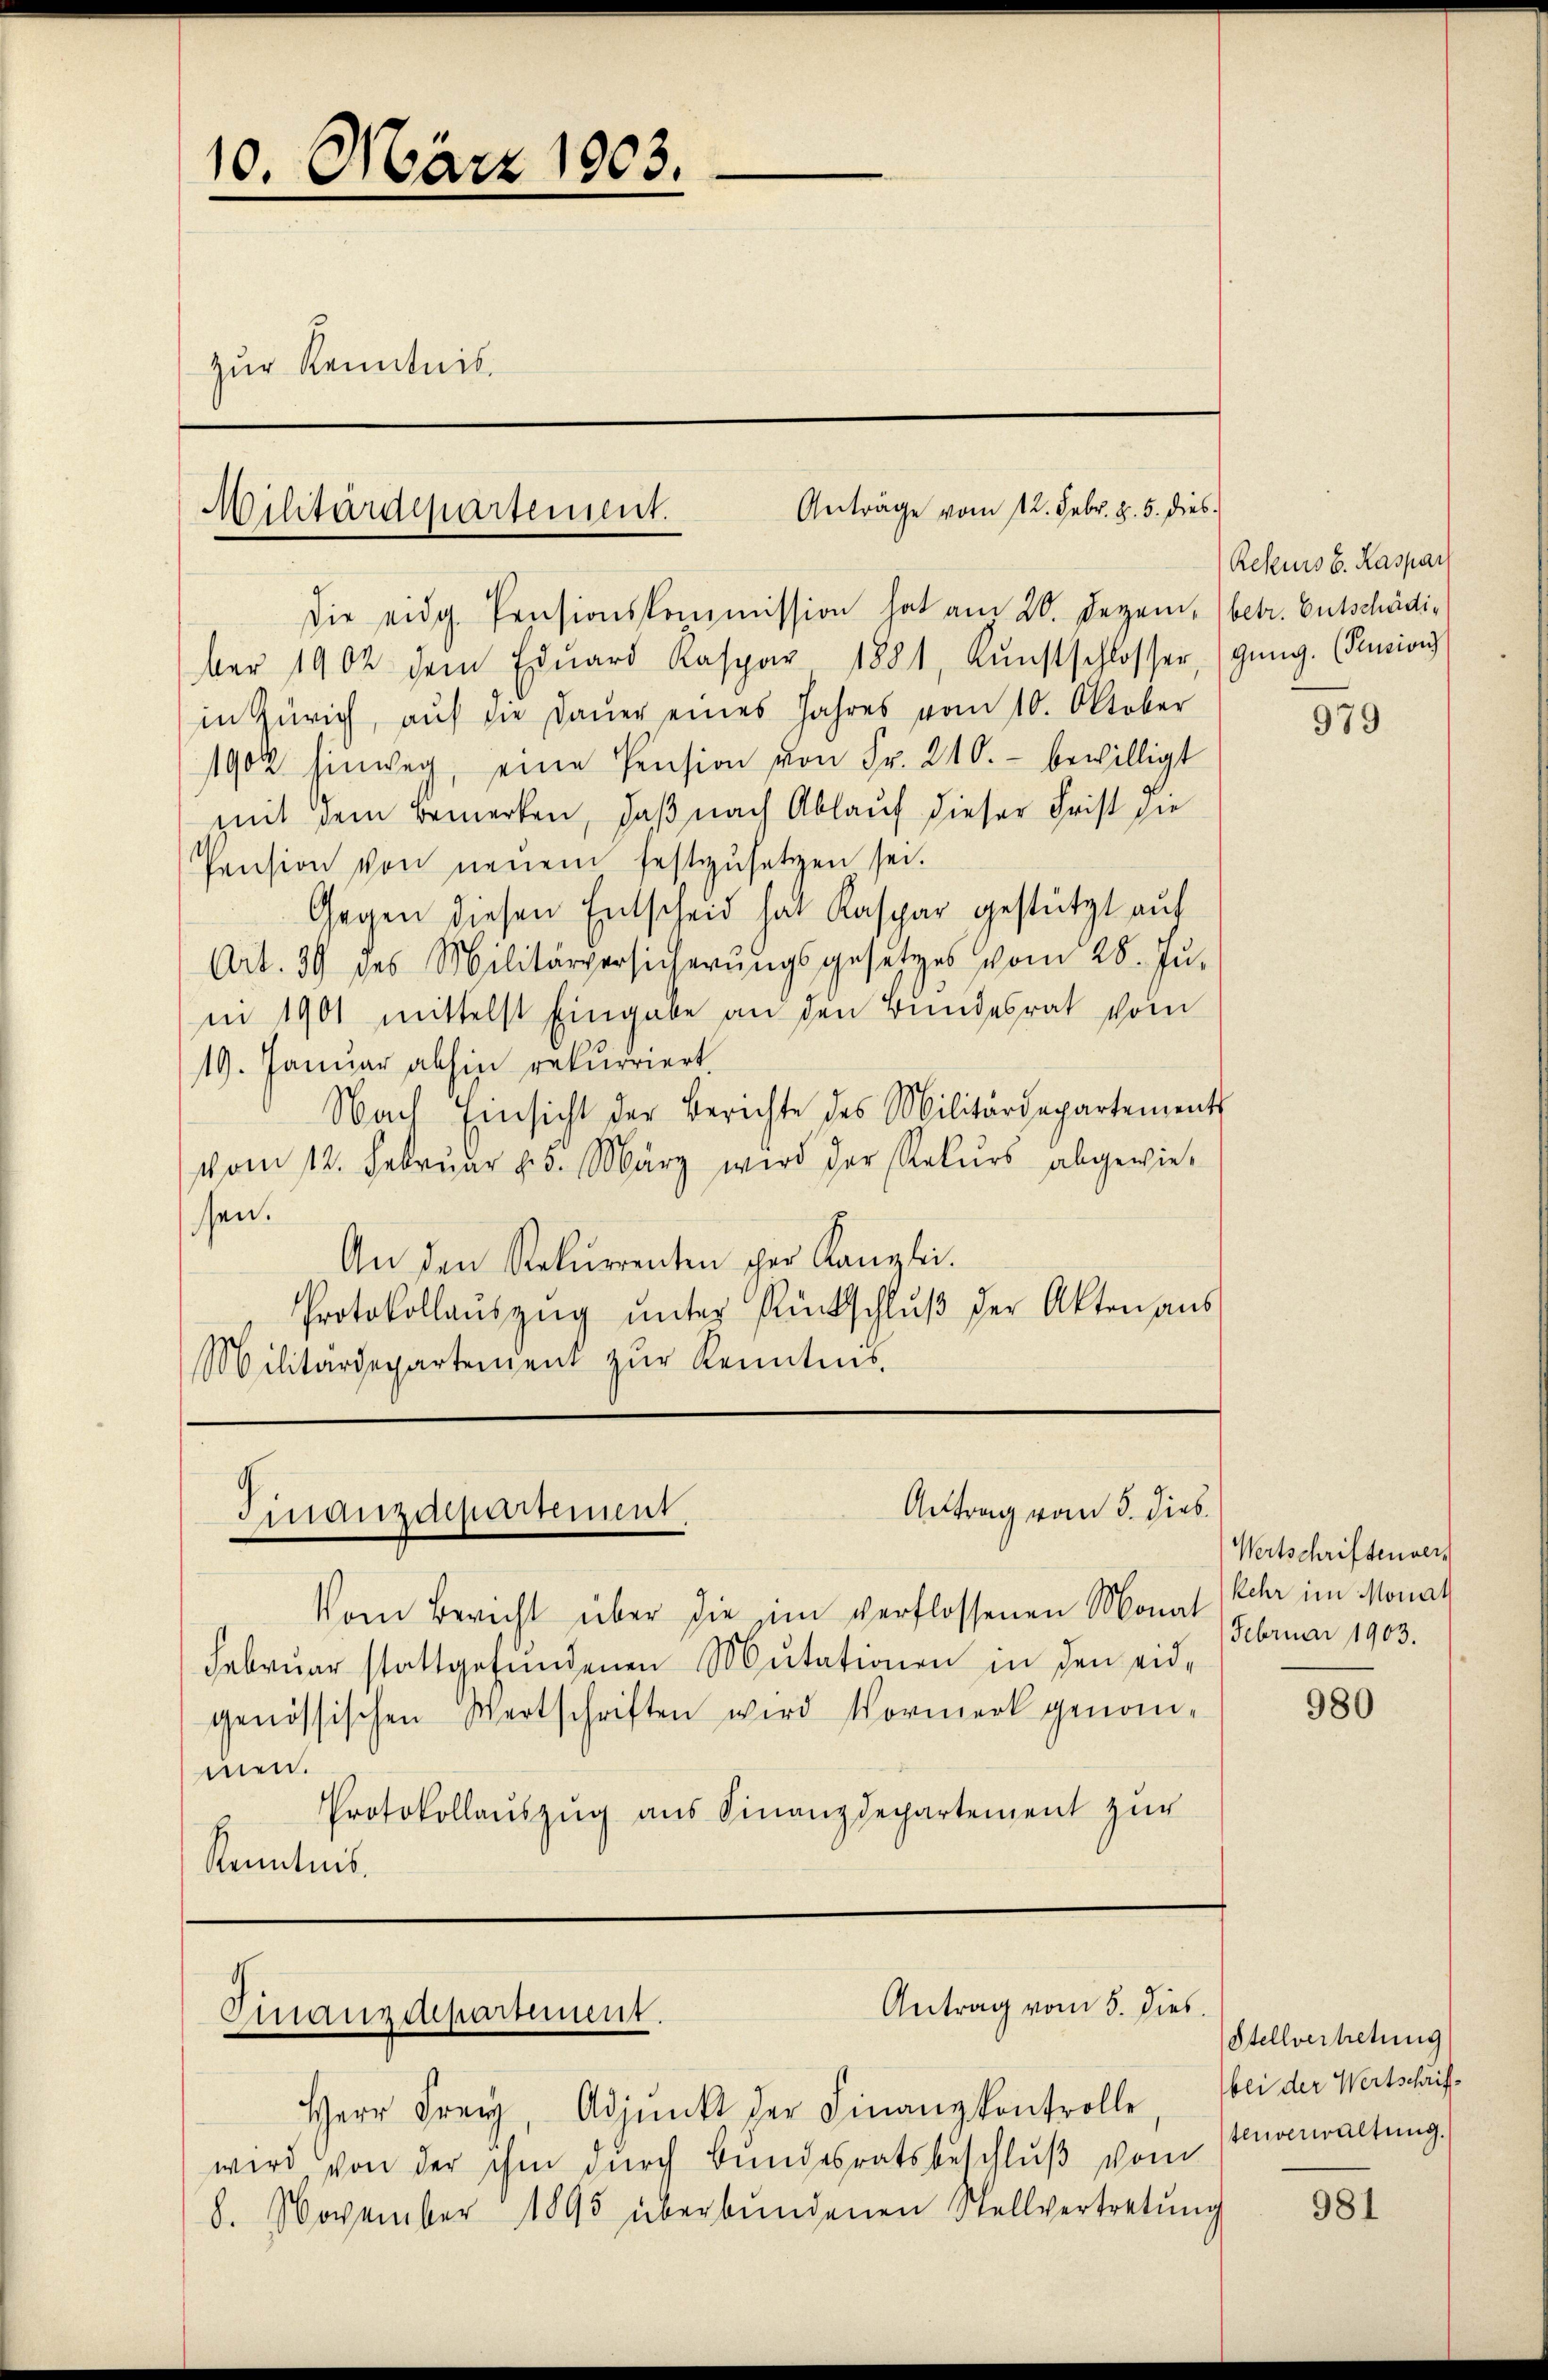
.
10. März 1903.
zur Kenntnis.

Anträge vom 12. Febr. v. 5. dies
Militärdepartement.

Anttrag vom 5. Dieb.
Finanzdepartement,

genössischen Wertschriften wird Vormerk genom¬

Antrag vom 5. dies
Finanzdepartement.

Die eidg. Pensionskommission hat am 20. Dezem, betr. Entschädiber 1902 dem Edŭard Kaspar 1881, Kŭnstschlosser, (gŭng. (Pucions
in Zürich, auf die Daŭer eines Jahres vom 10. Oktober
1902 hinweg, eine Pension von Fr. 210. bewilligt
mit dem Bemerken, daß nach Ablauf dieser Frist die
Pension von neuem festzŭsetzen sei.
Gegen diesen Entscheid hat Kaspar gestützt auf
Art. 39 des Militärversicherŭngsgesetzes vom 28. Jŭ-
nn 1901 mittelst Eingabe an den Bundesrat vom
19. Januar abhin rekurriert
Nach Einsicht der Berichte des Militärdepartements
vom 12. Februar 25. März wird der Rekurs abgewiessen.
An den Rekurrenten der Kanzlei.
Protokollauszug unter Rückschluß der Akten aus
Militärdepartement zŭr Renntnis

Vom Bericht über die im verflossenen Monat kehr im Monat
Februar stattgefundenen Mutationen in den eidmen.
Protokollauszug aus Finanzdepartement zur
Kenntnis.

Herr Frey, Adjunkt der Finanzkontrolle,
wird von der ihm durch Bundesratsbeschluß vom
8. November 1895 überbŭndenen Stellvertretŭng

Rekurs d. Kaspar

979

Wertschriftender
Februar 1903.

980

Stellvertretung
bei der Wertschrift
tenverwaltung.

981